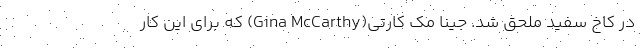
در کاخ سفید ملحق شد. جینا مک کارتی(Gina McCarthy) که برای این کار